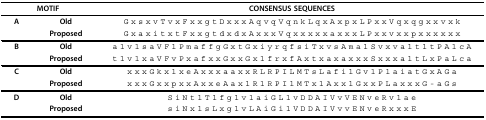
| <COLSPAN=2> MOTIF | CONSENSUS SEQUENCES |
 | --- | --- | --- |
 | A | Old | G x s x v T v x F x x g t D x x x A q v q V q n k L q x A x p x L P x x V q x q g x x v x k |
 |  | Proposed | G x a x i t x t F x x g t d x d x A x x x V q x x x x x a x x x L P x x v x x p x x x x x x |
 | B | Old | a l v l s a V F l P m a f f g G x t G x i y r q f s i T x v s A m a l S v x v a l t l t P A l c A |
 |  | Proposed | t l v l x a V F v P x a f x x G x x G x l f r x f A x t x a x a x x x S x x x a l t L x P a L c a |
 | C | Old | x x x G k x l x e A x x x a a x x R L R P I L M T s L a f i l G v l P l a i a t G x A G a |
 |  | Proposed | x x x G x x p x x A x x e A a x l R l R P I l M T x l A x x l G x x P L a x x x G - a G s |
 | D | Old | S i N t l T l f g l v l a i G L l v D D A I V v V E N v e R v l a e |
 |  | Proposed | s i N x l s L x g l v L A i G i l V D D A I V v v E N v e R x x x E |